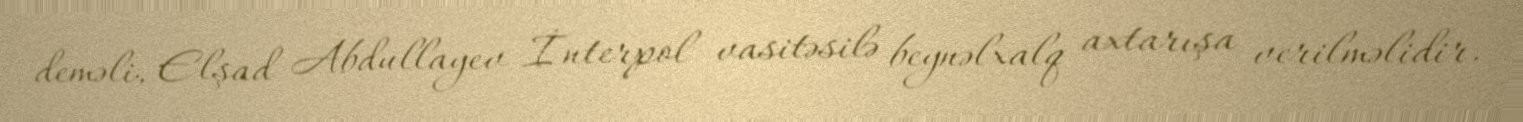
deməli, Elşad Abdullayev İnterpol vasitəsilə beynəlxalq axtarışa verilməlidir.